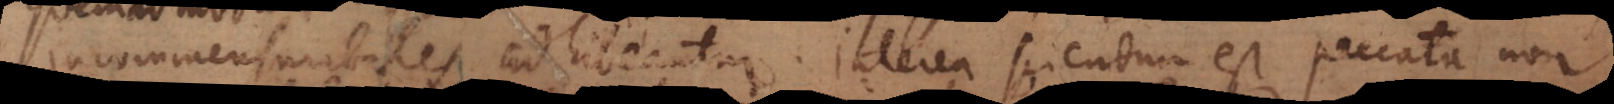
incommensurabiles adhibeantur. Interea sciendum est peccata non